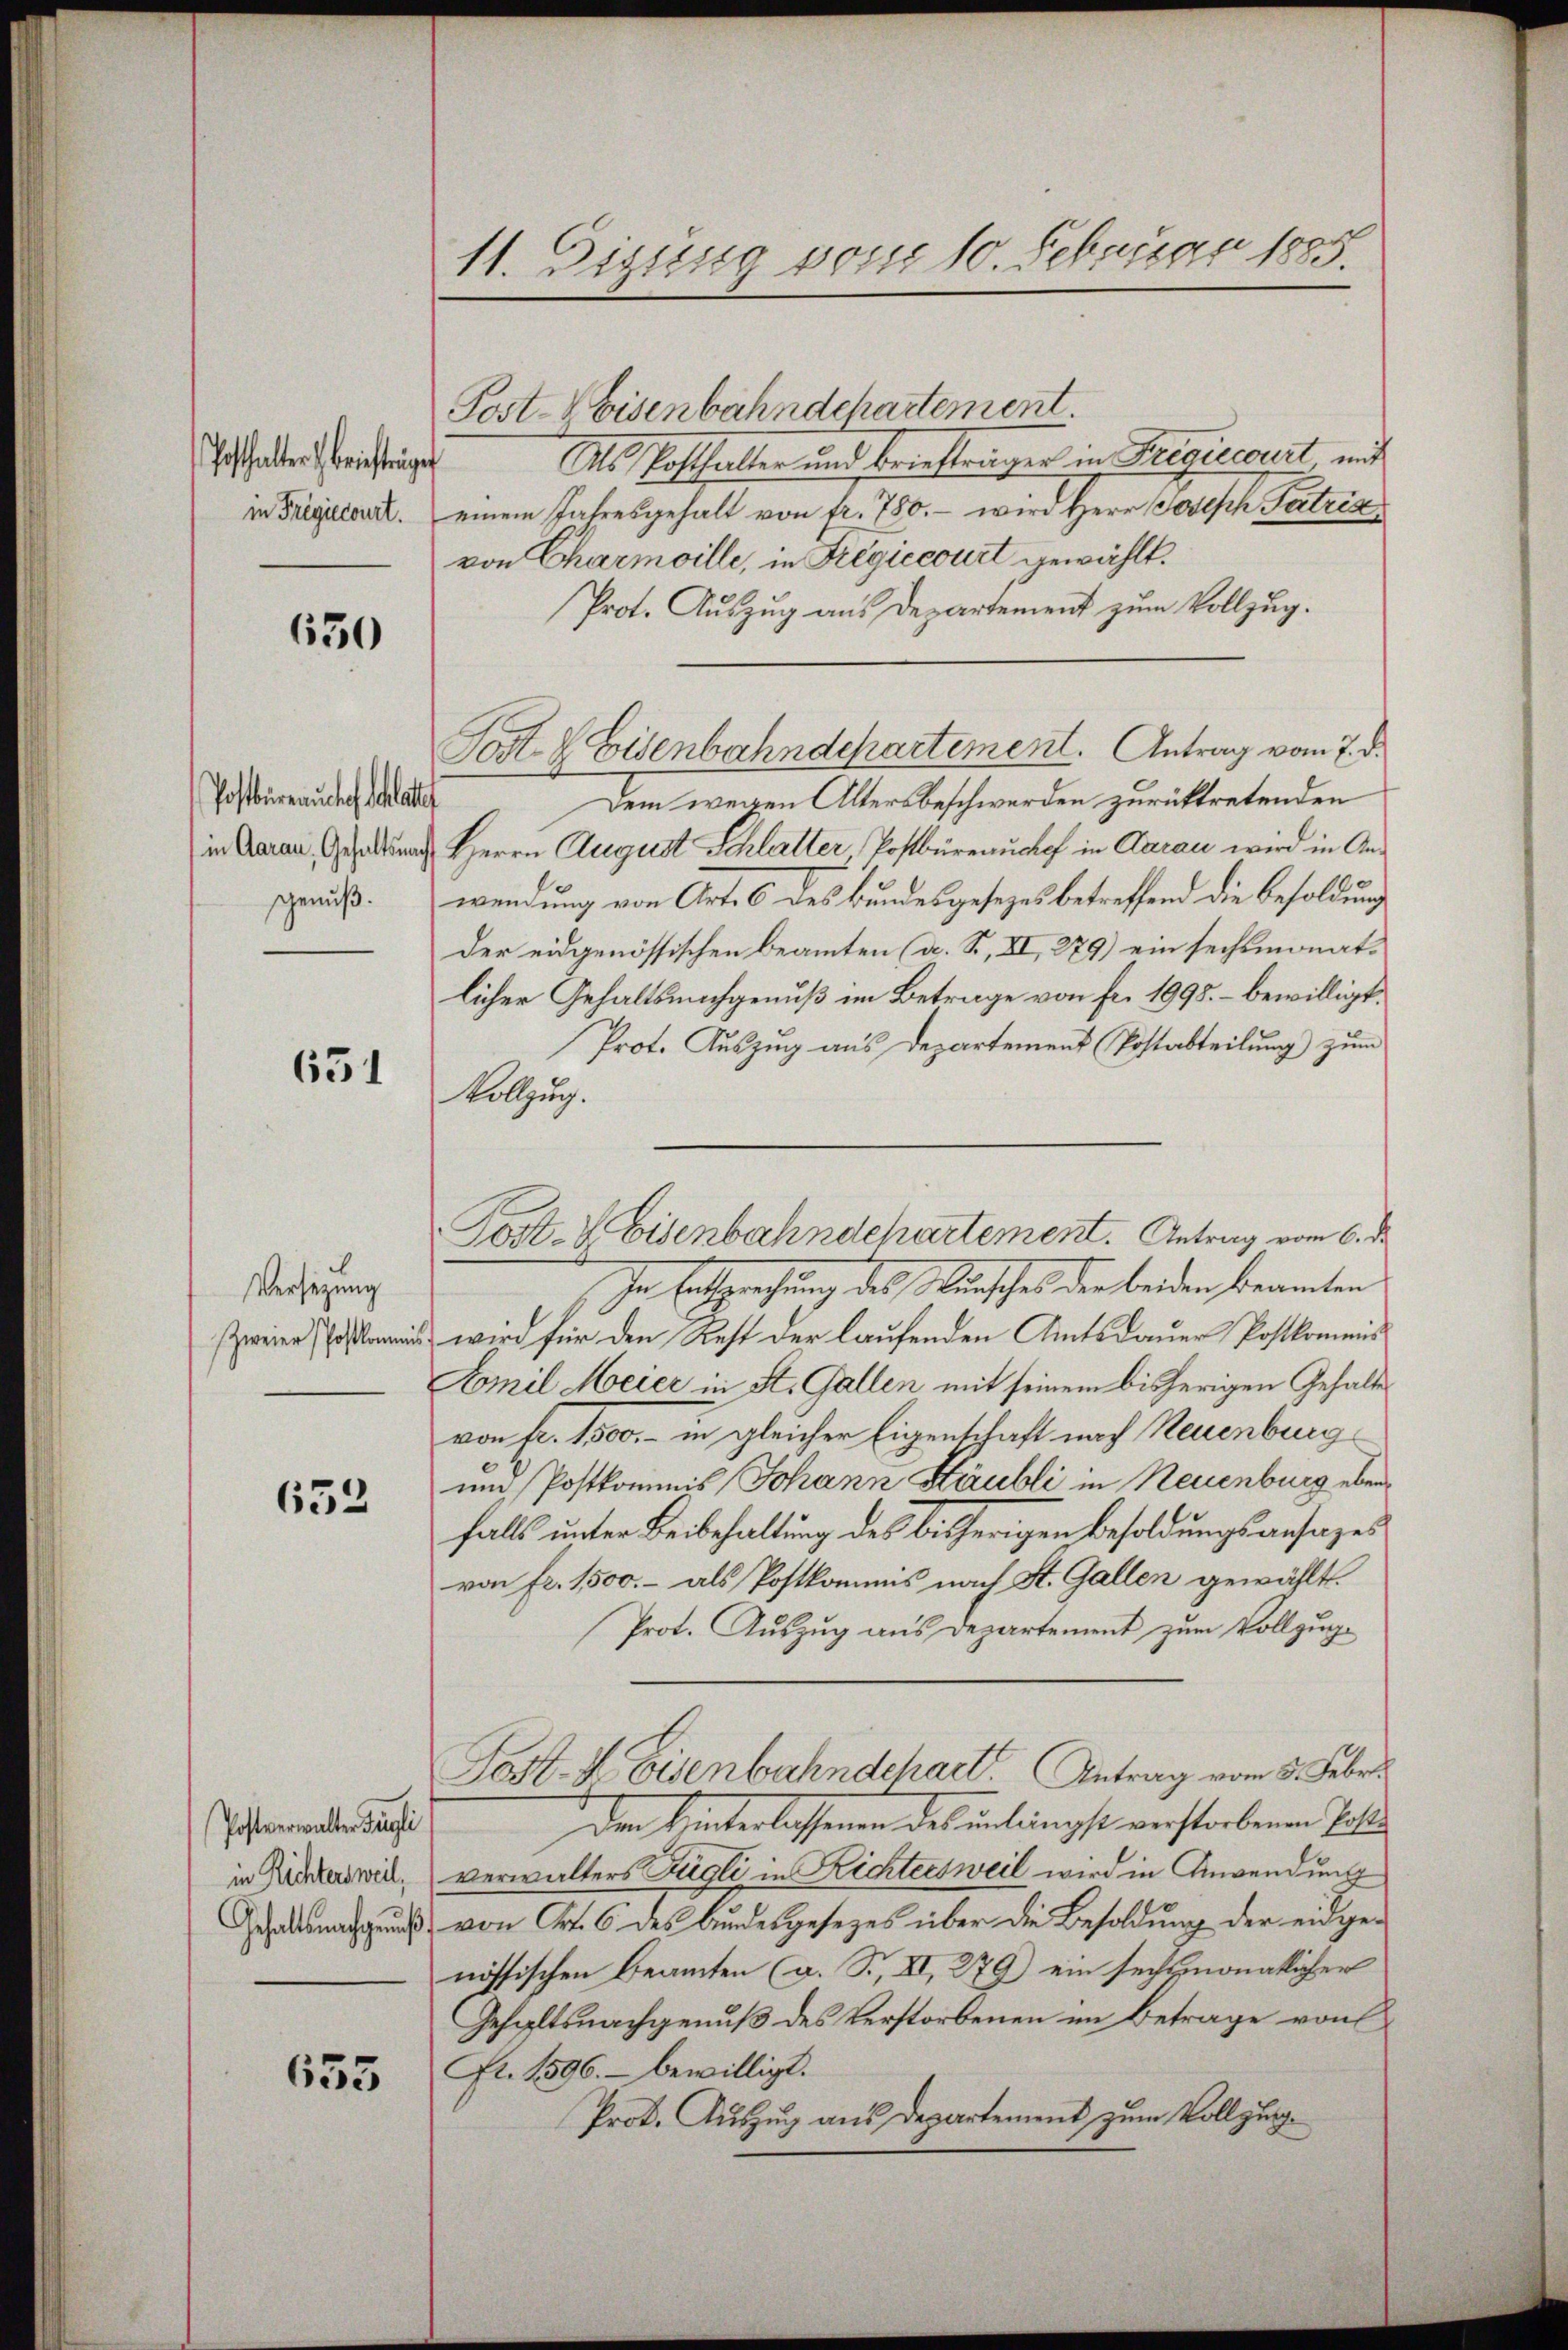
Potthalter briefträge
in Frigiecourt.

650

Postbüreauches hat
in Aarau, Gehaltsnach
genuß.

651

Versetzung
Zweier Postkommi

652

Postverwalter Fingli
in Richtersweil,
Gehalts nachgeŭβ

635

11. Diguso vom 10. Februar 1885.

Post-Weisenbahndchartement.
Als Posthalter und Briefträger in Frediscourt mit
einem Jahresgehalt von fr. 750.- wird Herr Josisch Patria
von Charmoille, in Fregiccourt gewählt.
Prot. Auszug aus Departement zum Vollzug.
Dem wegen Altersbeschwerden zurücktretenden
Herrn August Schlatter Postbüreauchef in Aarau wird in Anwendung von Art. 6 des Bundesgesezes betreffend die Besoldung
Der eidgenössischen Beamten (a. S., XI, 279) ein sechsmonatlicher Gehaltsnachgenuß im Betrage von Fr. 1995. – bewilligt.
Prot. Auszug aus Departement (Postabteilung zum
Vollzug.
In Entsprechung des Wunsches der beiden beramten
wird für den Rest der laufenden Amtsdauer Postkomens
Aomil Meier in St. Gallen mit seinem bisherigen Gehalte
von fr. 1500.- in gleicher Eigenschaft nach Neuenburg
um Postkommis Johann Stäubli in Neuenburg eben
falls unter Beibehaltung des bisherigen Besoldungsansages
von fr. 1500.- als Postkommis nach St. Gallen gewählt.
Prot. Auszug aus Departement zum Vollzug¬
Fost. X Eisenbahndchart. Antrag vom 5. Febr.
Den Unterlassenen des unlängst verstorbenen Poliverwalters Fugli in Richtersweil wird in Anwendung
von Art. 6 des Bundesgesezes über die Besoldung der eidgenössischen Beamten (a. S., XI, 279) ein sechsmonatlicher
Gehaltsnachgenuß des Verstorbenen im Betrage von
Fr. 1596. bewilligt.
Prot. Auszug aus Departement zum Vollzug

Post & Eisenbahndepartement. Antrag vom 7. d.

Post- & Eisenbahndehartement. Antrag vom 6. d.